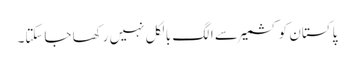
پاکستان کو کشمیر سے الگ بالکل نہیں رکھا جاسکتا۔